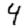
Digit: 4